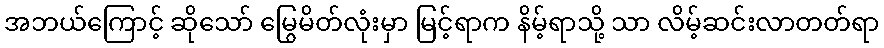
အဘယ်ကြောင့် ဆိုသော် မြွေမိတ်လုံးမှာ မြင့်ရာက နိမ့်ရာသို့ သာ လိမ့်ဆင်းလာတတ်ရာ